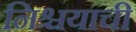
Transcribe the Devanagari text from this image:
निश्चयाची